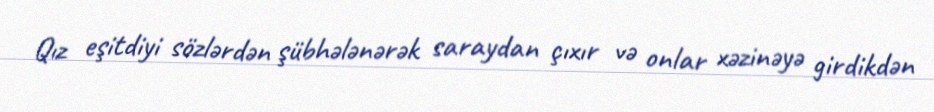
Qız eşitdiyi sözlərdən şübhələnərək saraydan çıxır və onlar xəzinəyə girdikdən